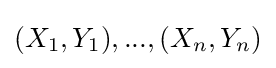
(X_{1},Y_{1}),...,(X_{n},Y_{n})